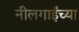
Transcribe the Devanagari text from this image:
नीलगाईंच्या